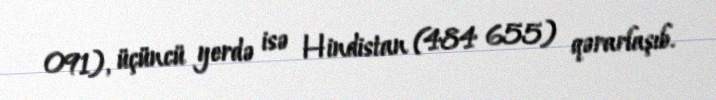
091), üçüncü yerdə isə Hindistan (484 655) qərarlaşıb.